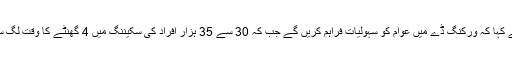
انہوں نے کہا کہ ورکنگ ڈے میں عوام کو سہولیات فراہم کریں گے جب کہ 30 سے 35 ہزار افراد کی سکیننگ میں 4 گھنٹے کا وقت لگ سکتا ہے۔